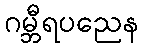
ဂမ္ဘီရပညေန